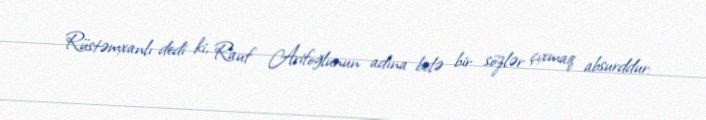
Rüstəmxanlı dedi ki, Rauf Arifoğlunun adına belə bir sözlər çıxmaq absurddur: